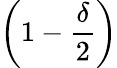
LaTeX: \left(1-\frac{\delta}{2}\right)